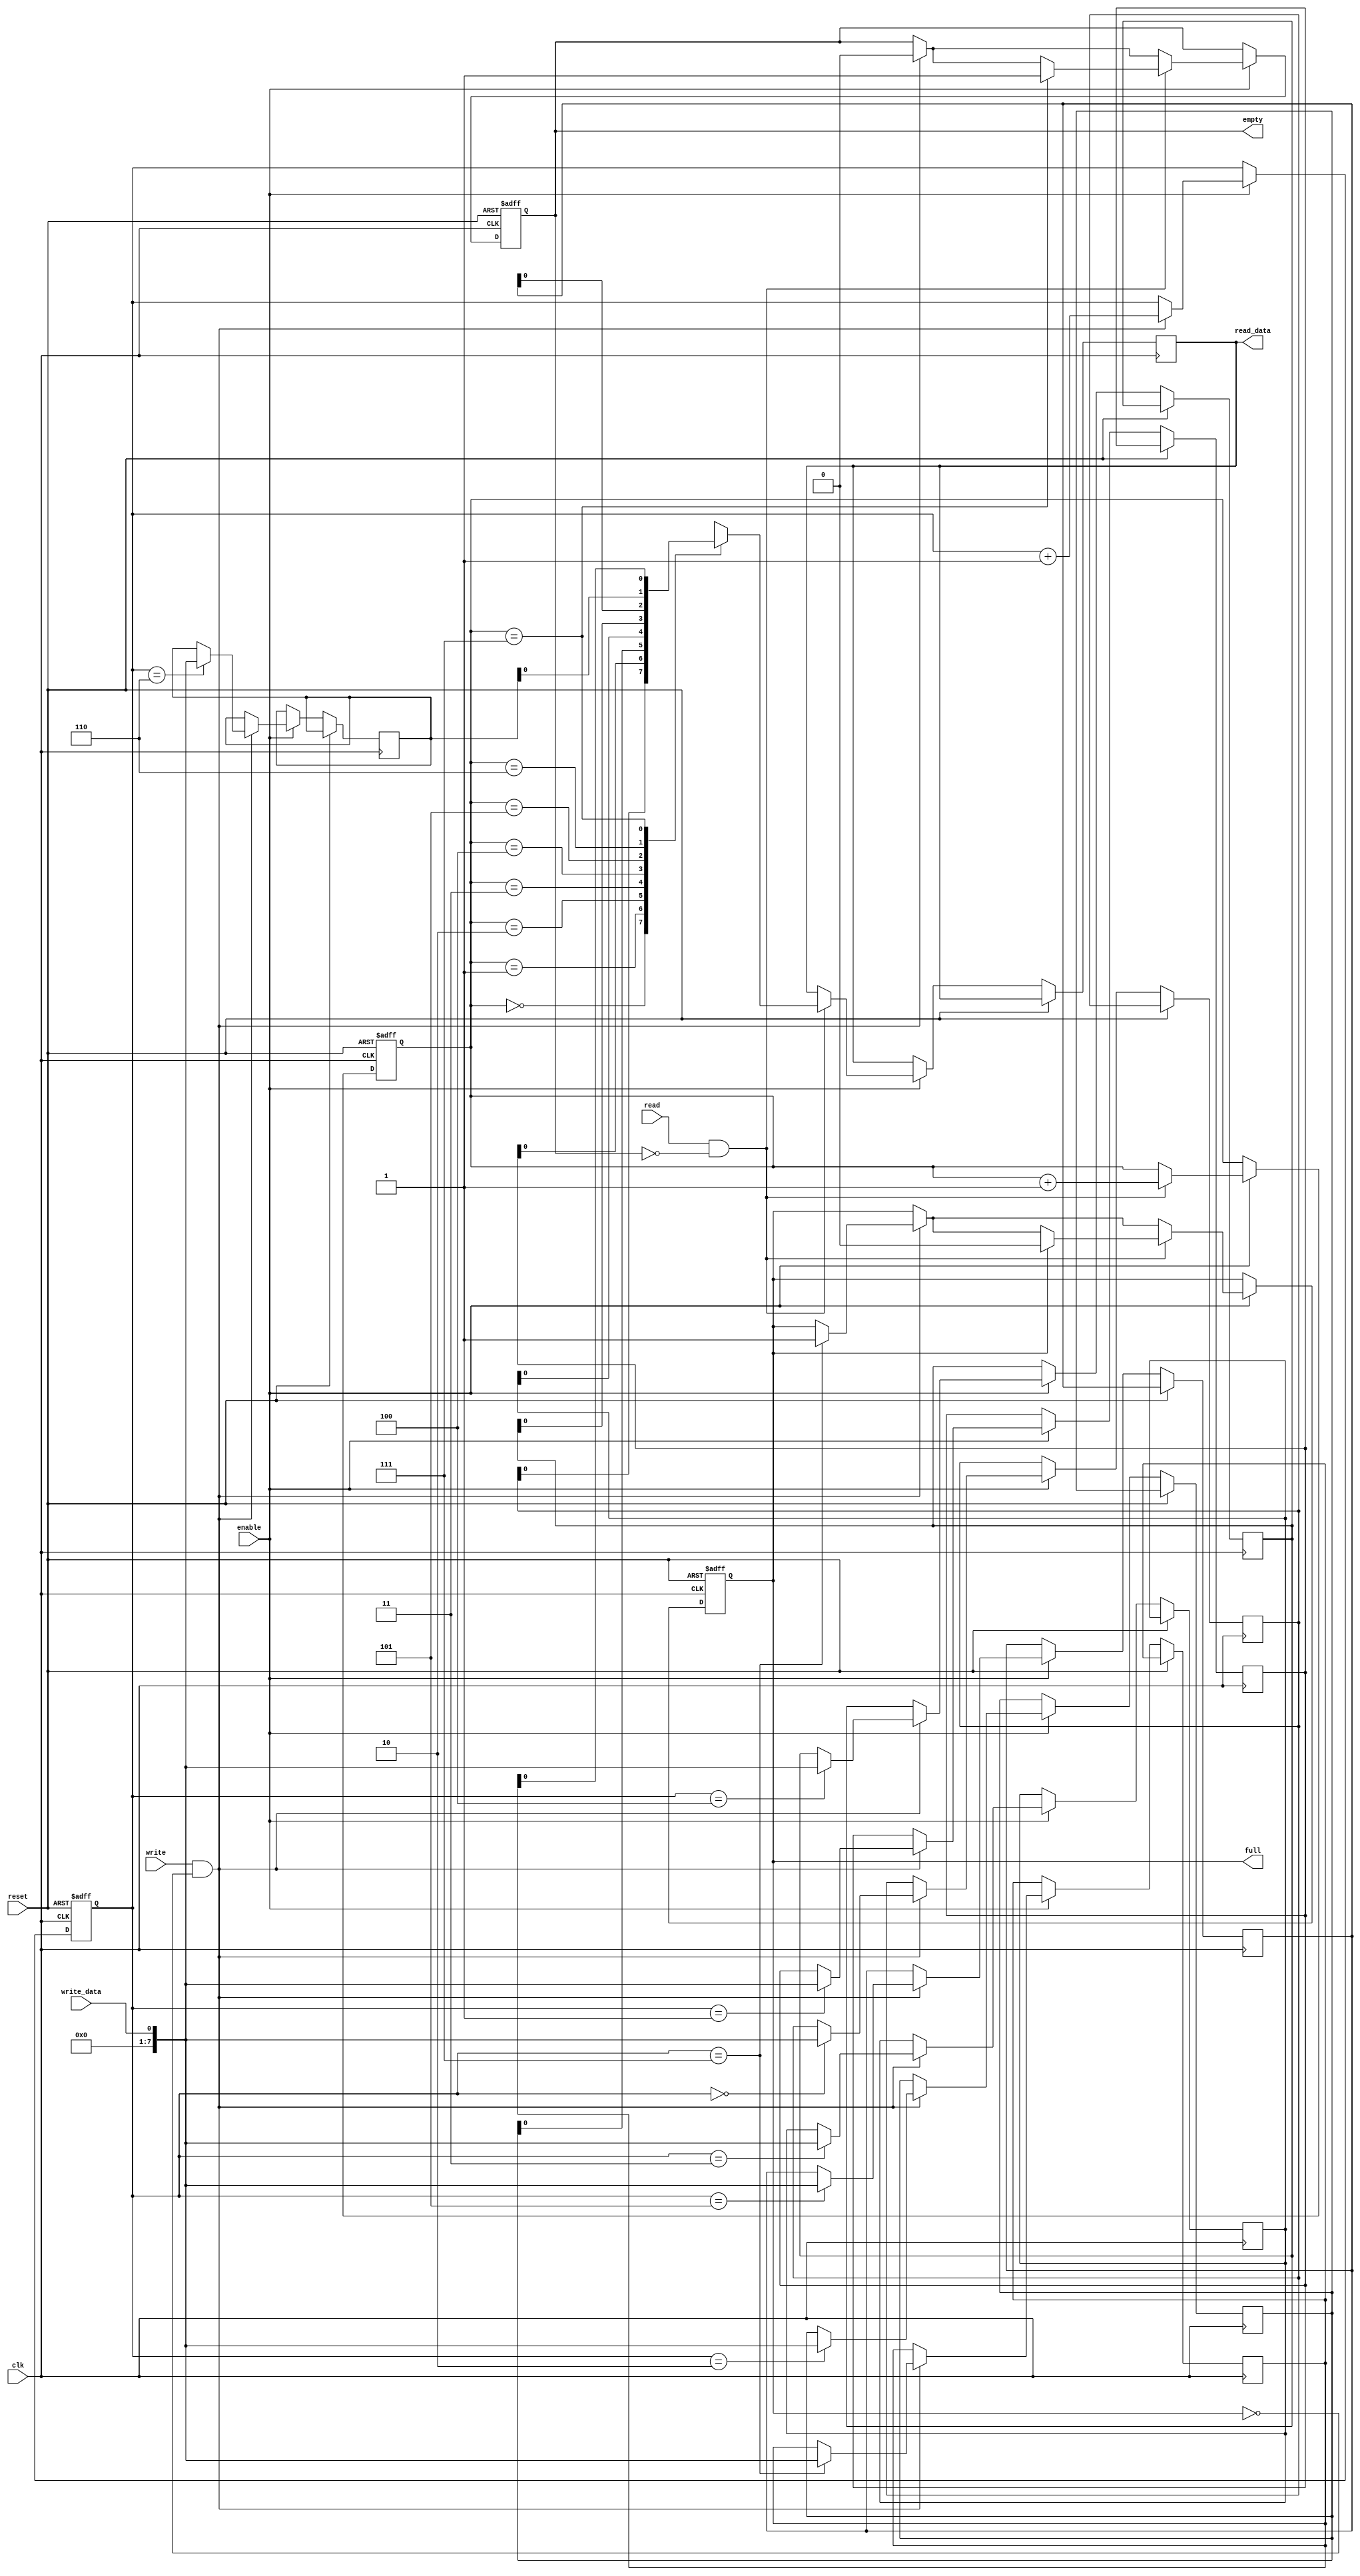
module synchronous_fifo (
  input wire clk,
  input wire reset,
  input wire enable,
  input wire write_data,
  input wire write,
  input wire read,
  output reg read_data,
  output reg full,
  output reg empty
);

  reg [7:0] buffer [0:7];
  reg [2:0] wp, rp;

  always @(posedge clk or posedge reset) begin
    if (reset) begin
      full <= 1'b0;
      empty <= 1'b1;
      rp <= 3'h0;
      wp <= 3'h0;
    end else begin
      if (enable) begin
        if (write && !full) begin
          buffer[wp] <= write_data;
          wp <= wp + 1;
          if (wp == 3'h7) begin
            full <= 1'b1;
          end
          if (empty) begin
            empty <= 1'b0;
          end
        end
        if (read && !empty) begin
          read_data <= buffer[rp];
          rp <= rp + 1;
          if (rp == 3'h7) begin
            empty <= 1'b1;
          end
          if (full) begin
            full <= 1'b0;
          end
        end
      end
    end
  end

endmodule